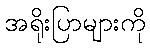
အရိုးပြာများကို